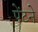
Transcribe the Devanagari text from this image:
पेंटने